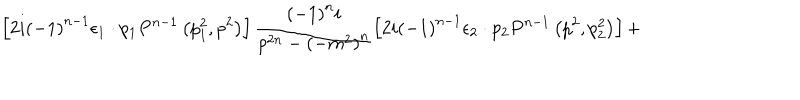
\left[ 2 i { \left( - 1 \right) } ^ { n - 1 } { \epsilon } _ { 1 } \cdot p _ { 1 } P ^ { n - 1 } \left( p _ { 1 } ^ { 2 } , p ^ { 2 } \right) \right] \frac { { \left( - 1 \right) } ^ { n } i } { p ^ { 2 n } - { \left( - m ^ { 2 } \right) } ^ { n } } \left[ 2 i { \left( - 1 \right) } ^ { n - 1 } { \epsilon } _ { 2 } \cdot p _ { 2 } P ^ { n - 1 } \left( p ^ { 2 } , p _ { 2 } ^ { 2 } \right) \right] +